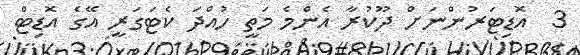
3  އޮޑިޓަރުންނަށް ދޫކުރާ އެންމެ މަތީ ހުއްދަ ކެޓަގަރީ އޭގެ އޮޑިޓް